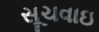
સૂચવાઇ